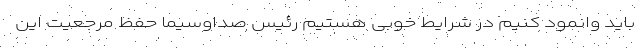
باید وانمود کنیم در شرایط خوبی هستیم رئیس صداوسیما حفظ مرجعیت این